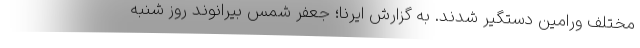
مختلف ورامین دستگیر شدند. به گزارش ایرنا؛ جعفر شمس بیرانوند روز شنبه